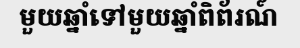
មួយឆ្នាំទៅមួយឆ្នាំពិព័រណ៍